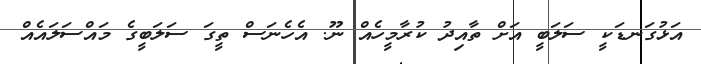
އަޅުގަނޑަކީ ސަލަބީ އަށް ތާއިދު ކުރާމީހެއް ނޫ. އެހެނަސް ތީގަ ސަލަބީގެ މައްސަލައެއް